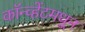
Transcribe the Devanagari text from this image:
कॉन्व्हेंटमधून